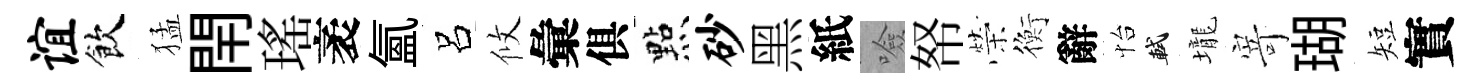
谊飲猛閈瑤袤氲呂攸彙俱㸃砂黑紙噞帑榮衡辭怡軾壠𭔃瑚短實